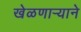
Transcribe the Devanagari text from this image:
खेळणार्‍याने